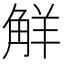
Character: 觧